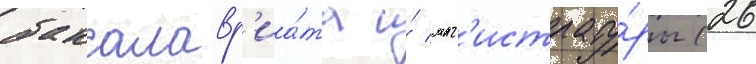
бакалавр'иа́та и́ маг'истрату́ры (26